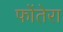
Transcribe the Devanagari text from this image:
फोंतेरा